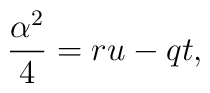
\frac{\alpha ^{2}}{4}=r u -q t ,